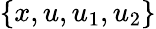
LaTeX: \{ x,u,u_{1},u_{2}\}